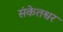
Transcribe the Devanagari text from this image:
संकेतश्वर